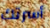
أسرتك